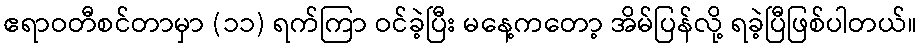
ဧရာဝတီစင်တာမှာ (၁၁) ရက်ကြာ ဝင်ခဲ့ပြီး မနေ့ကတော့ အိမ်ပြန်လို့ ရခဲ့ပြီဖြစ်ပါတယ်။